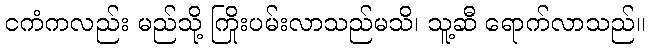
ငကံကလည်း မည်သို့ ကြိုးပမ်းလာသည်မသိ၊ သူ့ဆီ ရောက်လာသည်။